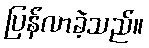
ပြန်လာခဲ့သည်။